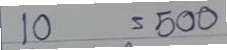
10 = 500